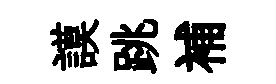
謨跳補